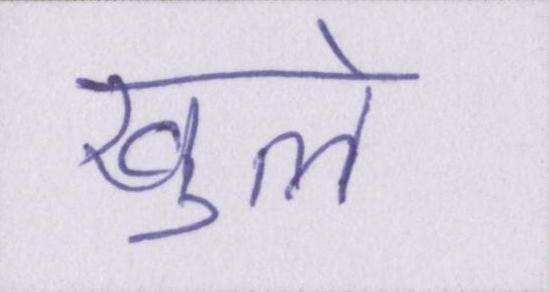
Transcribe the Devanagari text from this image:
खुले